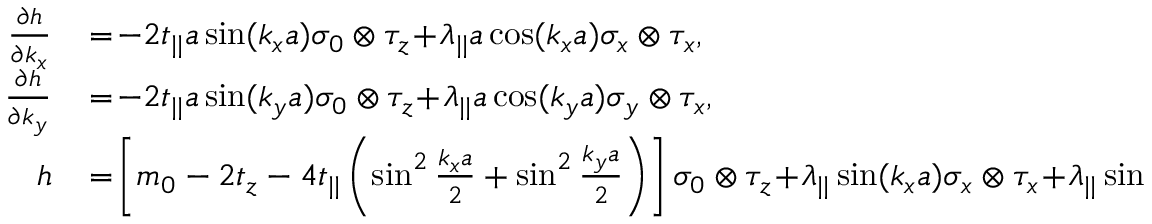
\begin{array} { r l } { \frac { \partial h } { \partial k _ { x } } } & { { } \! = \! - 2 t _ { | | } a \sin ( k _ { x } a ) \sigma _ { 0 } \otimes \tau _ { z } \! + \! \lambda _ { | | } a \cos ( k _ { x } a ) \sigma _ { x } \otimes \tau _ { x } , } \\ { \frac { \partial h } { \partial k _ { y } } } & { { } \! = \! - 2 t _ { | | } a \sin ( k _ { y } a ) \sigma _ { 0 } \otimes \tau _ { z } \! + \! \lambda _ { | | } a \cos ( k _ { y } a ) \sigma _ { y } \otimes \tau _ { x } , } \\ { h } & { { } \! = \! \left[ m _ { 0 } - 2 t _ { z } - 4 t _ { | | } \left( \sin ^ { 2 } \frac { k _ { x } a } { 2 } + \sin ^ { 2 } \frac { k _ { y } a } { 2 } \right) \right] \sigma _ { 0 } \otimes \tau _ { z } \! + \! \lambda _ { | | } \sin ( k _ { x } a ) \sigma _ { x } \otimes \tau _ { x } \! + \! \lambda _ { | | } \sin ( k _ { y } a ) \sigma _ { y } \otimes \tau _ { x } } \end{array}